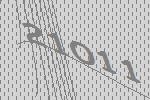
21011